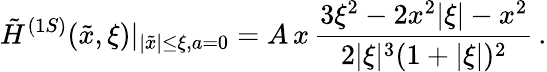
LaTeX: \tilde{H}^{(1S)}(\tilde{x},\xi)|_{|\tilde{x}|\leq\xi,a=0}=A\, x\, \frac{3\xi^{2}-2x^{2}|\xi|-x^{2}}{2|\xi|^{3}(1+|\xi|)^{2}}\, .